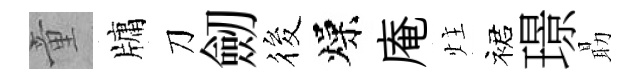
童牗刀劒筱燥庵炷裙璟朂